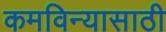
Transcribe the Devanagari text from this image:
कमविन्यासाठी